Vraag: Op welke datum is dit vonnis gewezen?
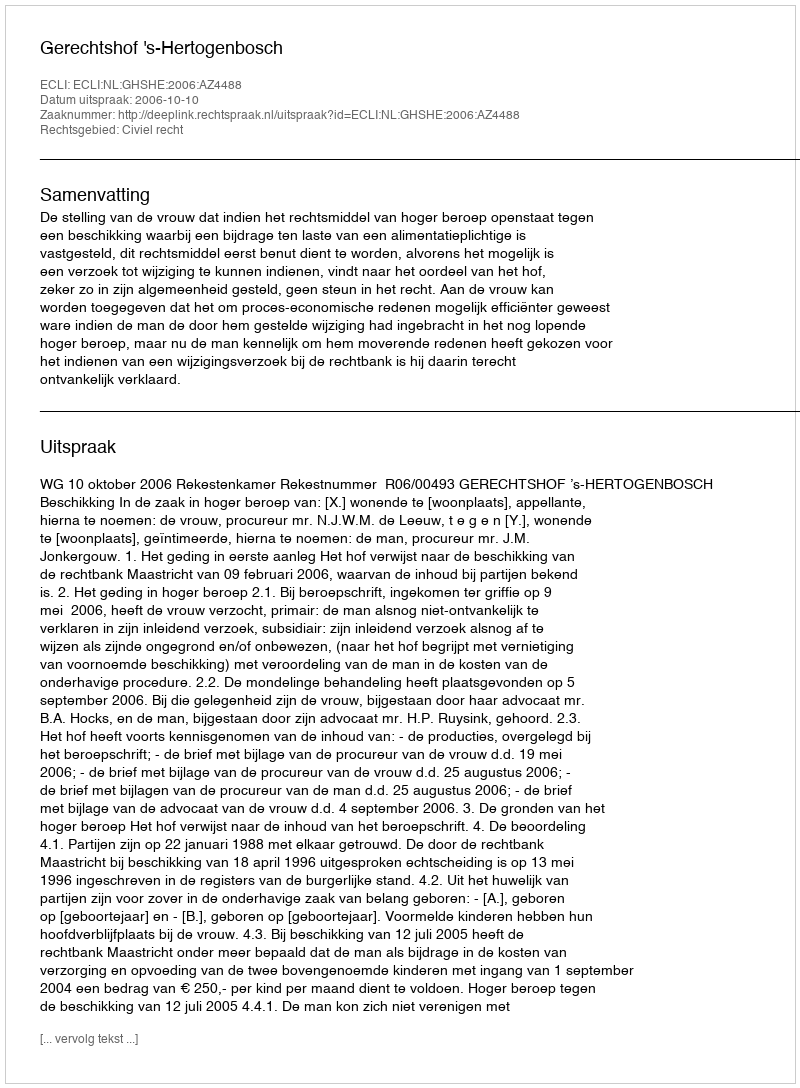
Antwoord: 2006-10-10